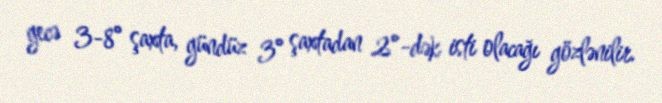
gecə 3-8° şaxta, gündüz 3° şaxtadan 2°-dək isti olacağı gözlənilir.